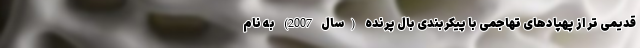
قدیمی تر از پهپادهای تهاجمی با پیکربندی بال پرنده (سال 2007) به نام